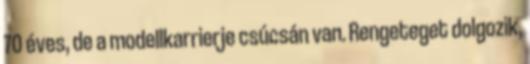
70 éves, de a modellkarrierje csúcsán van. Rengeteget dolgozik,